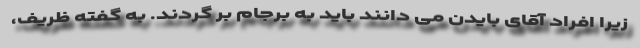
زیرا افراد آقای بایدن می دانند باید به برجام بر گردند. به گفته ظریف،